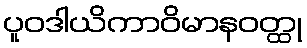
ပူဝဒါယိကာဝိမာနဝတ္ထု